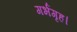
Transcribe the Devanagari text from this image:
गर्भगृह।